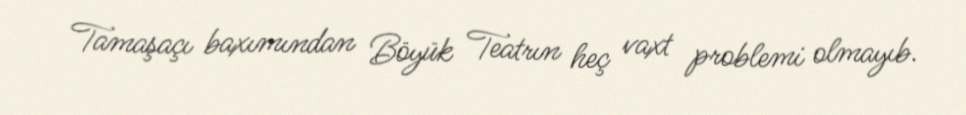
Tamaşaçı baxımından Böyük Teatrın heç vaxt problemi olmayıb.